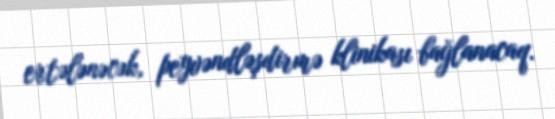
ertələnəcək, peyvəndləşdirmə klinikası bağlanacaq.